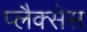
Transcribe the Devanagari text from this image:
प्लैक्सेस